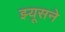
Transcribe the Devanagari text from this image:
झ्यूसने